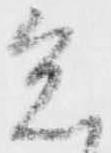
意